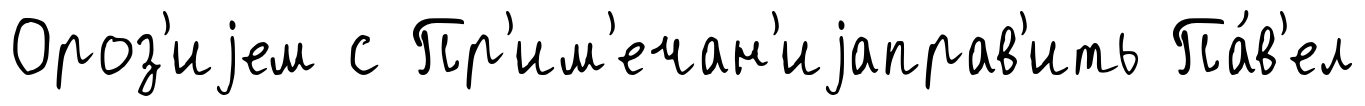
Ороз'иjем с Пр'им'ечан'иjаправ'ить Па́в'ел